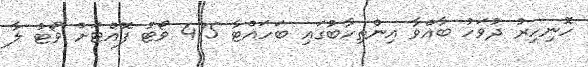
ހޮނިހިރު ދުވަހު ބާއްވާ އިންތިހާބުގައި ބަހައްޓާ 475 ވޯޓު ފޮއްޓަށް ވޯޓު ލާ